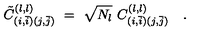
{ { \tilde { C } } _ { ( i , \bar { i } ) ( j , \bar { j } ) } } ^ { ( l , l ) } \ = \ { \sqrt { N _ { l } } \ C _ { ( i , \bar { i } ) ( j , \bar { j } ) } ^ { ( l , l ) } } \quad .